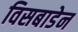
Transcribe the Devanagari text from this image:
विसबाडेन